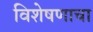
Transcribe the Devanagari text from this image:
विशेषणाचा